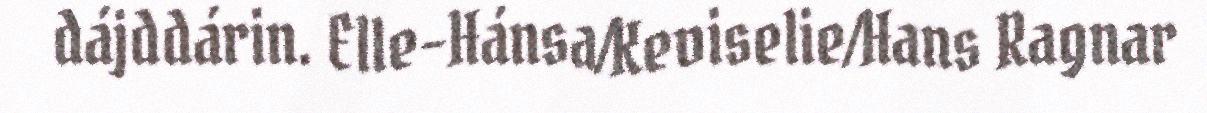
dájddárin. Elle-Hánsa/Keviselie/Hans Ragnar